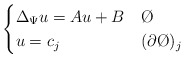
\begin{align*}\begin{cases} \Delta_{\Psi} u = Au+B & \O \\ u = c_{j} & (\partial \O )_{j}\end{cases} \end{align*}